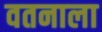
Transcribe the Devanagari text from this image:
वतनाला